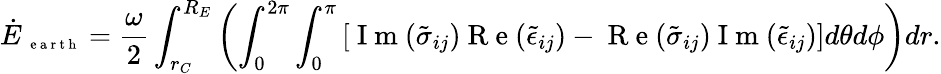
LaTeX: \dot{E}_{\mathrm{~\scriptsize~e~a~r~t~h~}}=\frac{\omega}{2}\int_{r_{C}}^{R_{E}}\left(\int_{0}^{2\pi}\int_{0}^{\pi}\left[\mathrm{~I~m~}(\tilde{\sigma}_{ij})\mathrm{~R~e~}(\tilde{\epsilon}_{ij})-\mathrm{~R~e~}(\tilde{\sigma}_{ij})\mathrm{~I~m~}(\tilde{\epsilon}_{ij})\right]d\theta d\phi\right)dr.